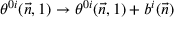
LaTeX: \theta ^ { 0 i } ( \vec { n } , 1 ) \to \theta ^ { 0 i } ( \vec { n } , 1 ) + b ^ { i } ( \vec { n } )